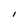
Character: I